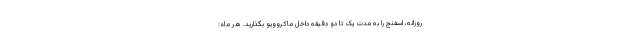
روزانه، اسفنج را به مدت یک تا دو دقیقه داخل ماکروویو بگذارید. هر ماه: